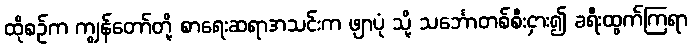
ထိုစဉ်က ကျွန်တော်တို့ စာရေးဆရာအသင်းက ဖျာပုံ သို့ သင်္ဘောတစ်စီးငှား၍ ခရီးထွက်ကြရာ